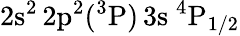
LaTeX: \mathrm{2s^{2}\, 2p^{2}(^{3}P)\, 3s~^{4}P_{1/2}}